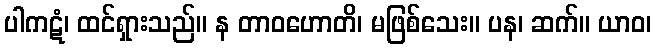
ပါကဋံ၊ ထင်ရှားသည်။ န တာဝဟောတိ၊ မဖြစ်သေး။ ပန၊ ဆက်။ ယာဝ၊